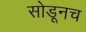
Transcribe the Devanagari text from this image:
सोडूनच